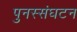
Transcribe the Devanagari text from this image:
पुनस्संघटन